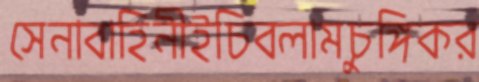
সেনাবাহিনীইচিবলামচুঙ্গিকর